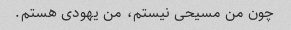
چون من مسیحی نیستم، من یهودی هستم.